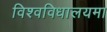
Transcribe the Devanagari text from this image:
विश्वविधालयमा